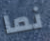
نما